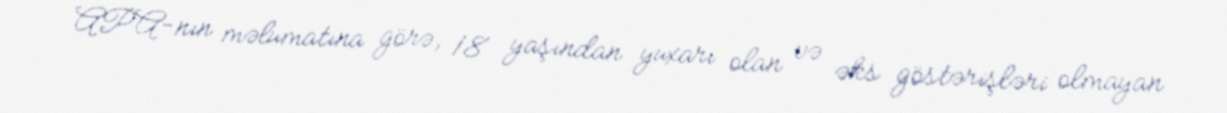
APA-nın məlumatına görə, 18 yaşından yuxarı olan və əks göstərişləri olmayan